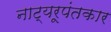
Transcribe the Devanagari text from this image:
नाट्यरूपंतकार